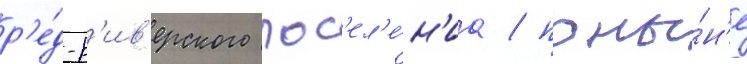
р'е́д-р'ив'ерского пос'ел'е́н'иа / поны́н'е